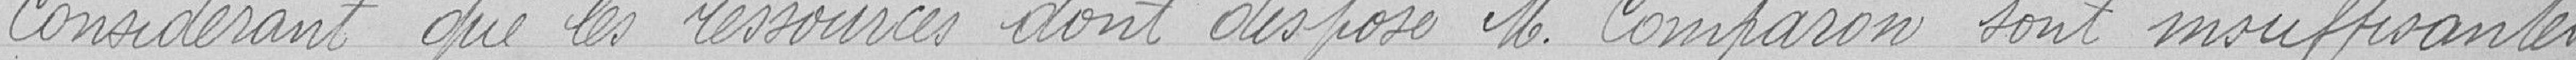
Considérant que les ressources dont dispose Monsieur Comparon sont insuffisantes